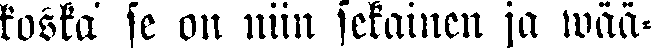
koska se on niin sekainen ja wää-